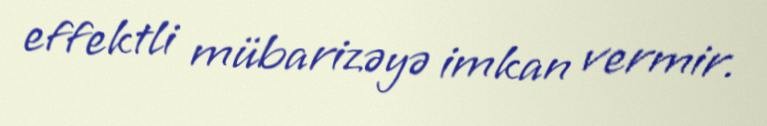
effektli mübarizəyə imkan vermir.